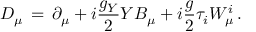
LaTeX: D _ { \mu } \, = \, \partial _ { \mu } + i { \frac { g _ { Y } } { 2 } } Y B _ { \mu } + i { \frac { g } { 2 } } \tau _ { i } W _ { \mu } ^ { i } \, .